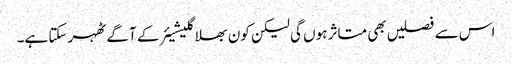
اس سے فصلیں بھی متاثر ہوں گی لیکن کون بھلا گلیشیئر کے آگے ٹھہر سکتا ہے۔